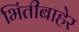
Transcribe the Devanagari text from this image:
भिंतीबाहेर